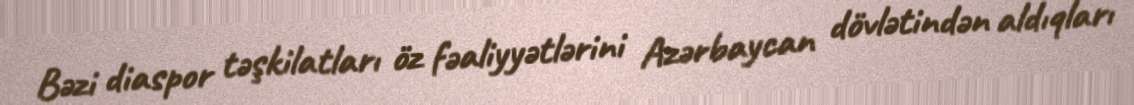
Bəzi diaspor təşkilatları öz fəaliyyətlərini Azərbaycan dövlətindən aldıqları